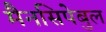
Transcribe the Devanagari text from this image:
मैनसिपेबुल